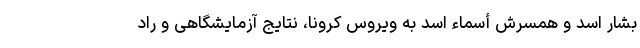
بشار اسد و همسرش أسماء اسد به ویروس کرونا، نتایج آزمایشگاهی و راد